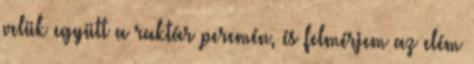
velük együtt a raktár peremén, és felmérjem az elém